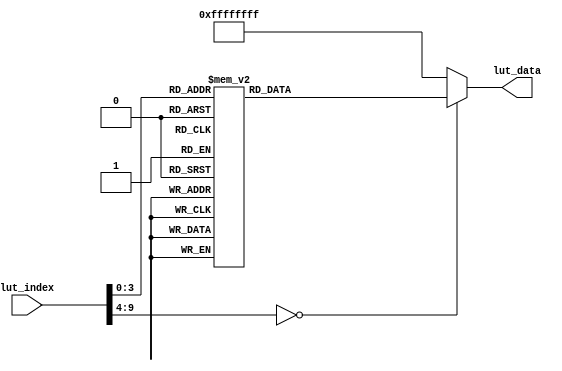
//////////////////////////////////////////////////////////////////////////////////
//                                                                              //
//                                                                              //
//          msq@qq.com                                                          //
//          ALINX(shanghai) Technology Co.,Ltd                                  //
//          heijin                                                              //
//     WEB: http://www.alinx.cn/                                                //
//     BBS: http://www.heijin.org/                                              //
//                                                                              //
//////////////////////////////////////////////////////////////////////////////////
//                                                                              //
// Copyright (c) 2017,ALINX(shanghai) Technology Co.,Ltd                        //
//                    All rights reserved                                       //
//                                                                              //
// This source file may be used and distributed without restriction provided    //
// that this copyright statement is not removed from the file and that any      //
// derivative work contains the original copyright notice and the associated    //
// disclaimer.                                                                  //
//                                                                              //
//////////////////////////////////////////////////////////////////////////////////

//================================================================================
//  Revision History:
//  Date          By            Revision    Change Description
//--------------------------------------------------------------------------------
//  2017/7/19     meisq          1.0         Original
//*******************************************************************************/

module lut_wm8731(
	input[9:0]             lut_index, // Look-up table index address
	output reg[31:0]       lut_data   // I2C device address register address register data
);

always@(*)
begin
	case(lut_index)
	    //To be compatible with the 16bit register address, add 8'h00
		8'd0: lut_data <= {8'h34,8'h00,8'h00,8'h97};          //(Left Line In) = 0x97: left line in mute
		8'd1: lut_data <= {8'h34,8'h00,8'h02,8'h97};          //(Right Line In) = 0x97: right line in mute
		8'd2: lut_data <= {8'h34,8'h00,8'h04,8'h7f};          //(Left Headphone out) = 0x7f :left headphone +6dB
		8'd3: lut_data <= {8'h34,8'h00,8'h06,8'h7f};          //(right Headphone out) = 0x7f :right headphone +6dB
		8'd4: lut_data <= {8'h34,8'h00,8'h08,8'h15};          //(analogue audio path control) = 0x15 : MIC select to DAC
		8'd5: lut_data <= {8'h34,8'h00,8'h0a,8'h06};          //(digital Audio path control) = 0x00
		8'd6: lut_data <= {8'h34,8'h00,8'h0c,8'h00};          //(Power down control) = 0x00
		8'd7: lut_data <= {8'h34,8'h00,8'h0e,8'h40};          //(Digital Audio interface format) = 0x40 : right channel DAC when DACLRC low
		8'd8: lut_data <= {8'h34,8'h00,8'h10,8'h00};          //(Sampling control) = 0x00  
		8'd9: lut_data <= {8'h34,8'h00,8'h12,8'h01};          //(Active control) = 0x00  
		default:lut_data <= {8'hff,16'hffff,8'hff};
	endcase
end


endmodule